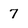
Character: 7